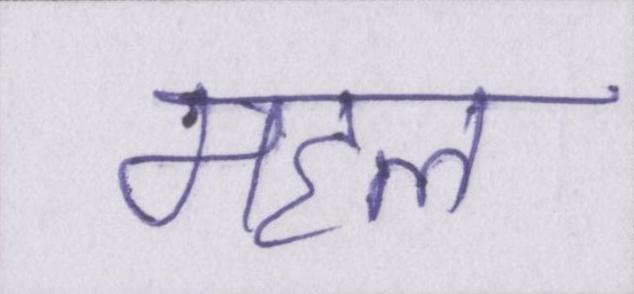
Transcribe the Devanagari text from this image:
महल